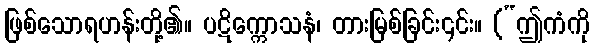
ဖြစ်သောရဟန်းတို့၏။ ပဋိက္ကောသနံ၊ တားမြစ်ခြင်း၎င်း။ (“ဤကံကို